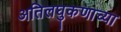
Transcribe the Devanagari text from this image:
अतिलघुकणाच्या